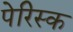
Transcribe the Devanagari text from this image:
पेरिस्क